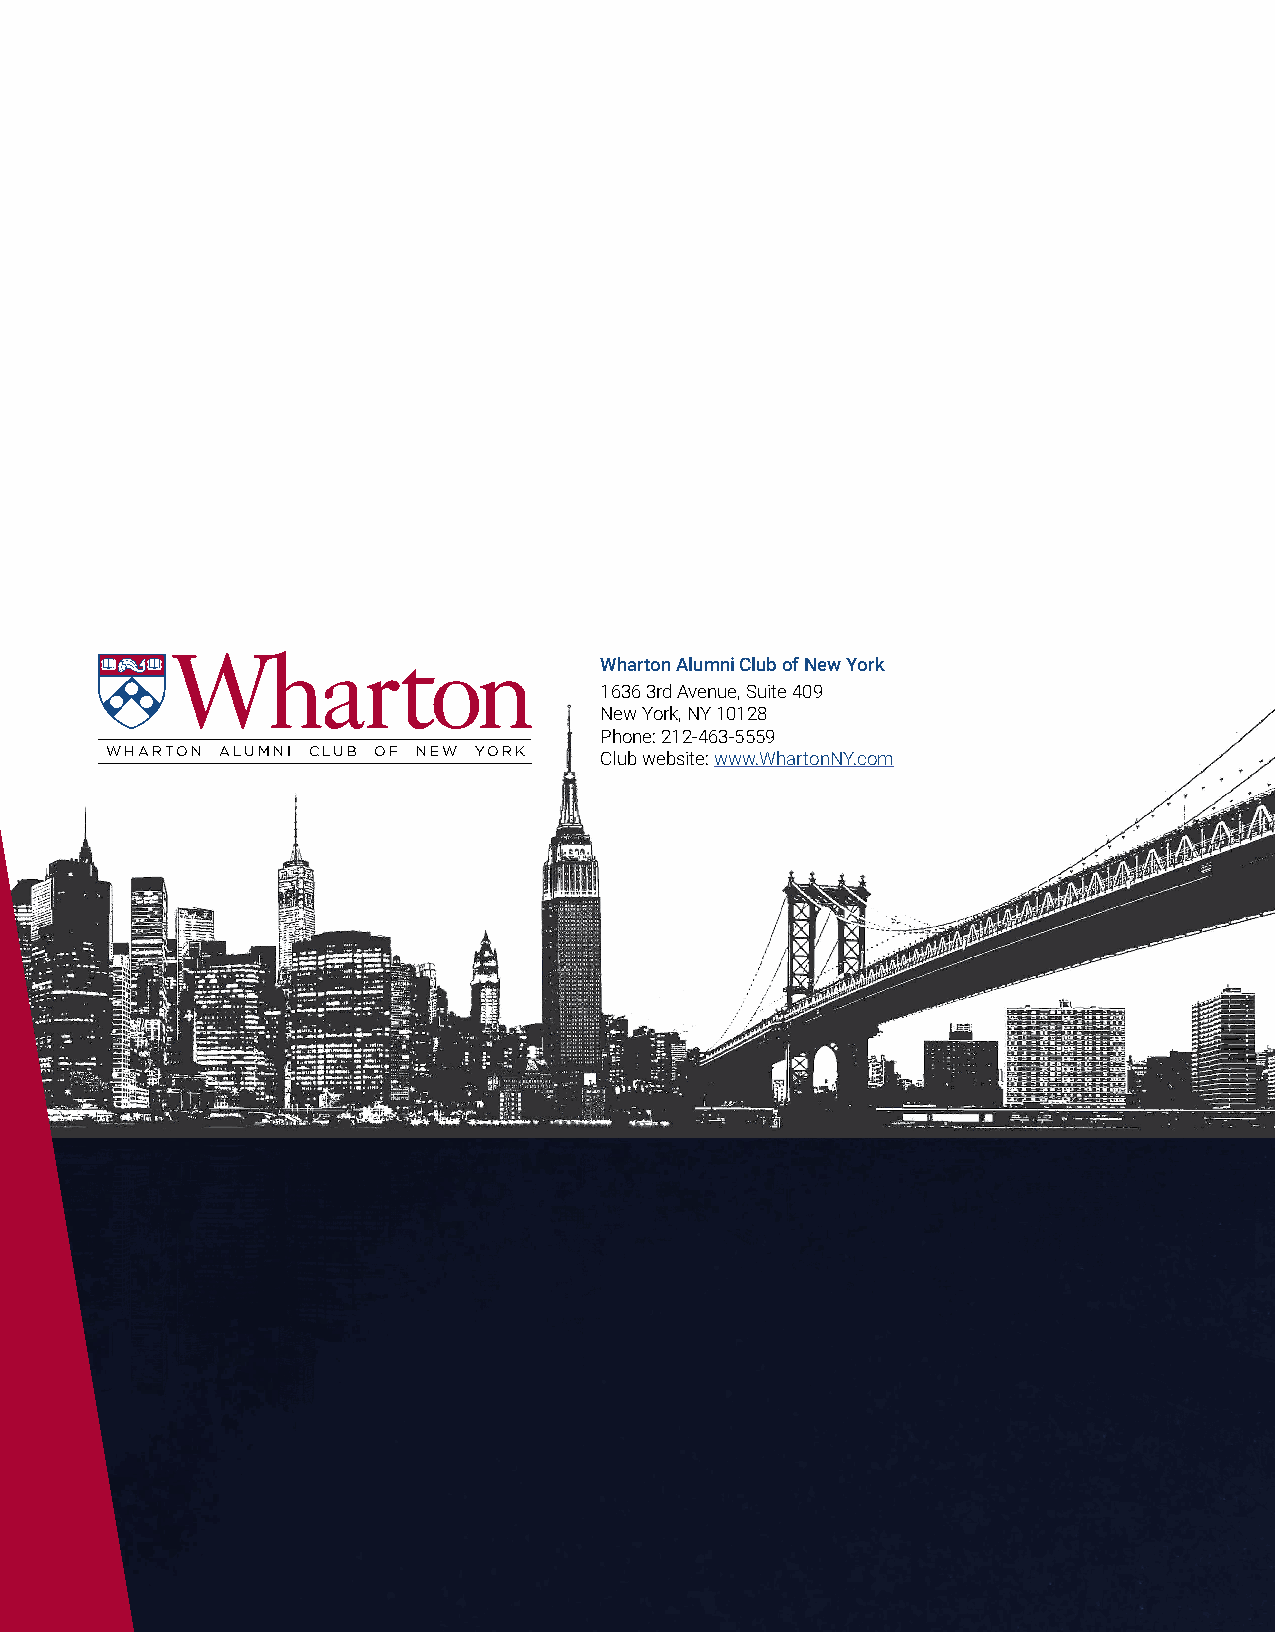
Wharton Alumni Club of New York
 1636 3rd Avenue, Suite 409
 New York, NY 10128
 Phone: 212-463-5559
 WHARTON ALUMNI CLUB OF NEW YORK
 Club website: www.WhartonNY.com